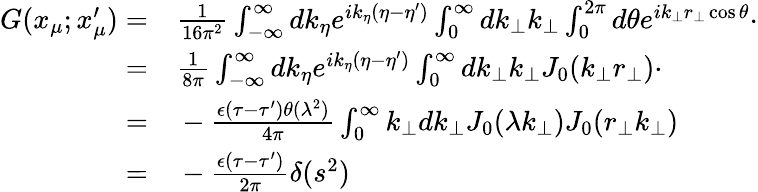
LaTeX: \begin{array}{rl}{G(x_{\mu};x_{\mu}^{\prime})=}&{{}\frac{1}{16\pi^{2}}\int_{-\infty}^{\infty}dk_{\eta}e^{ik_{\eta}(\eta-\eta^{\prime})}\int_{0}^{\infty}dk_{\bot}k_{\bot}\int_{0}^{2\pi}d\theta e^{ik_{\bot}r_{\bot}\cos\theta}\cdot}\\ {=}&{{}\frac{1}{8\pi}\int_{-\infty}^{\infty}dk_{\eta}e^{ik_{\eta}(\eta-\eta^{\prime})}\int_{0}^{\infty}dk_{\bot}k_{\bot}J_{0}(k_{\bot}r_{\bot})\cdot}\\ {=}&{{}-\frac{\epsilon(\tau-\tau^{\prime})\theta(\lambda^{2})}{4\pi}\int_{0}^{\infty}k_{\bot}dk_{\bot}J_{0}(\lambda k_{\bot})J_{0}(r_{\bot}k_{\bot})}\\ {{}=}&{{}-\frac{\epsilon(\tau-\tau^{\prime})}{2\pi}\delta(s^{2})}\end{array}